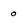
Character: 0